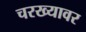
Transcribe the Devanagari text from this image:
चरख्यावर